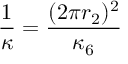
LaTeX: \frac { 1 } { \kappa } = \frac { ( 2 \pi r _ { 2 } ) ^ { 2 } } { \kappa _ { 6 } }